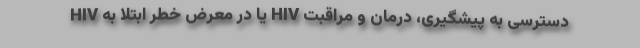
HIV یا در معرض خطر ابتلا به HIV دسترسی به پیشگیری، درمان و مراقبت